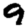
Digit: 9